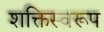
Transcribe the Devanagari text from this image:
शक्तिस्वरूप